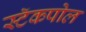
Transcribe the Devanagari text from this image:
स्टॅकपोल